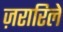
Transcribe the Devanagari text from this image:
ज़रारिले